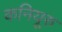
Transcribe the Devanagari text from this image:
कनियूरु